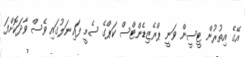
އޭގެ އިތުރުން ޓީސީން ވަނީ ޕްރެޒިޑެންޓްސް ކަޕްގެ ސެމީ ފައިނަލުގައި ވެސް ވާދަކޮށްފަ